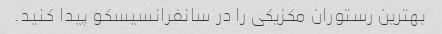
بهترین رستوران مکزیکی را در سانفرانسیسکو پیدا کنید.